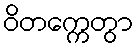
ဝိတက္ကေတွာ